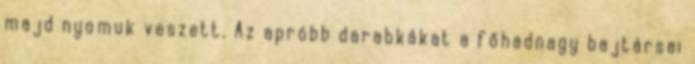
majd nyomuk veszett. Az apróbb darabkákat a főhadnagy bajtársai